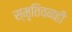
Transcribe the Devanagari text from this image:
स्मृतिवनही